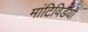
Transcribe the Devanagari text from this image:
मांटिविडयो